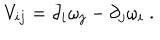
V _ { i j } = \partial _ { i } \omega _ { j } - \partial _ { j } \omega _ { i } \ .